Annual report of the Punjab Veterinary College and of the Civil Veterinary Department, Punjab - 1926-1932
Year: 1926
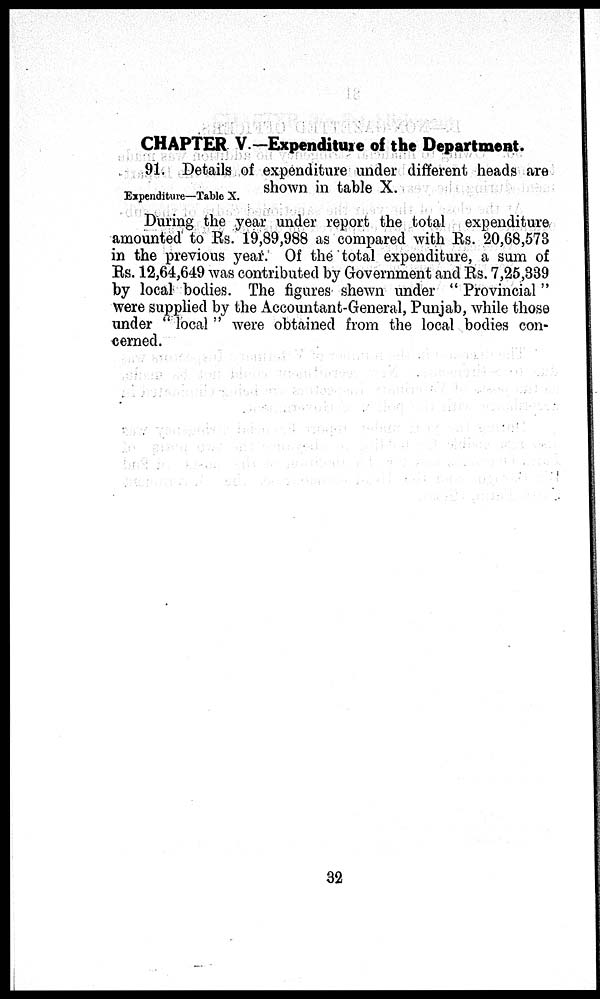
CHAPTER V.—Expenditure of the Department.
Expenditure—Table X.
91. Details of expenditure under different heads are
shown in table X.
During the year under report the total expenditure
amounted to Rs. 19,89,988 as compared with Rs. 20,68,573
in the previous year. Of the total expenditure, a sum of
Rs. 12,64,649 was contributed by Government and Rs. 7,25,339
by local bodies. The figures shewn under "Provincial"
were supplied by the Accountant-General, Punjab, while those
under "local" were obtained from the local bodies con-
cerned.